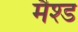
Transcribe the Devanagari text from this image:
मैश्ड